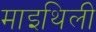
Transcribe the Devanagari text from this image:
माइथिली